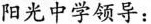
阳光中学领导：